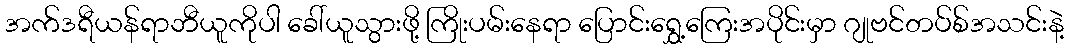
အက်ဒရီယန်ရာဘီယူကိုပါ ခေါ်ယူသွားဖို့ ကြိုးပမ်းနေရာ ပြောင်းရွှေ့ကြေးအပိုင်းမှာ ဂျုဗင်တပ်စ်အသင်းနဲ့